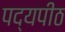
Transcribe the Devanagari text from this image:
पद्यपीठ